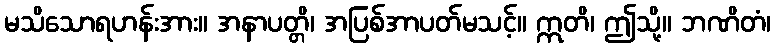
မသိသောရဟန်းအား။ အနာပတ္တိ၊ အပြစ်အာပတ်မသင့်။ ဣတိ၊ ဤသို့။ ဘဏိတံ၊